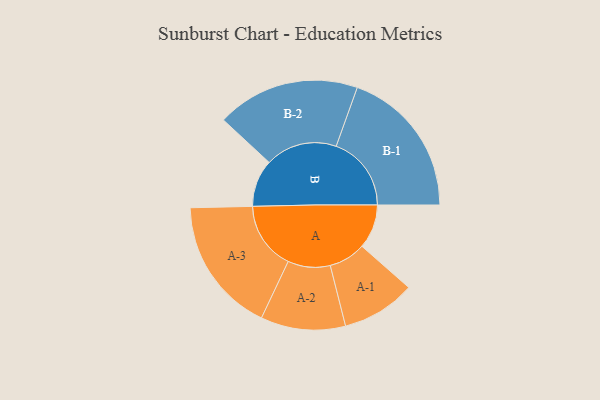
{"axis": {"x": "Segment", "y": "Value"}, "legend": ["", "A", "B"], "data": [{"x": "A", "y": 163, "type": ""}, {"x": "B", "y": 174, "type": ""}, {"x": "A-1", "y": 136, "type": "A"}, {"x": "A-2", "y": 156, "type": "A"}, {"x": "A-3", "y": 250, "type": "A"}, {"x": "B-1", "y": 277, "type": "B"}, {"x": "B-2", "y": 264, "type": "B"}]}